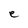
Character: e